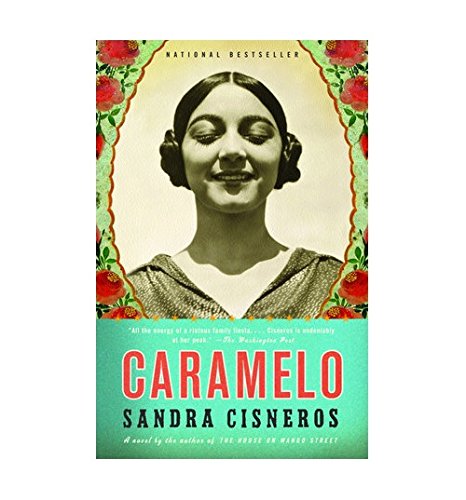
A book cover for Caramelo; Sandra Cisneros; Literature & Fiction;